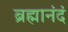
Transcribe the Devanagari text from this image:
ब्रह्मानंदं